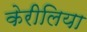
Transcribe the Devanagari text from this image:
केरीलिया